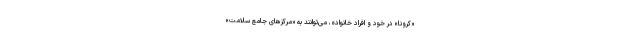
«کرونا» در خود و افراد خانواده، می‌توانند به «مرکزهای جامع سلامت»